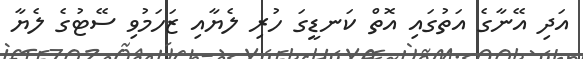
އަދި އޭނާގެ އަތުގައި އޮތް ކަނޑީގަ ހުރި ލެޔާއި ޒަހަމުވި ސޭޓުގެ ލެޔާ